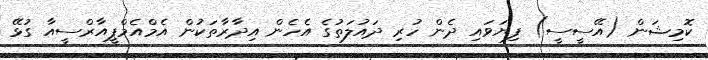
ކޮމިޝަން (އޭސީސީ) ފިޔަވައި ދެން ހުރި ދައުލަތުގެ އެހެން އިދާރާތަކުން އެމްއެމްޕީއާރްސީއާ ގުޅޭ